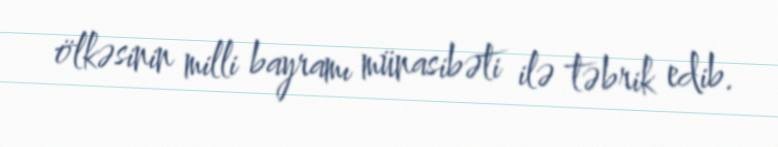
ölkəsinin milli bayramı münasibəti ilə təbrik edib.